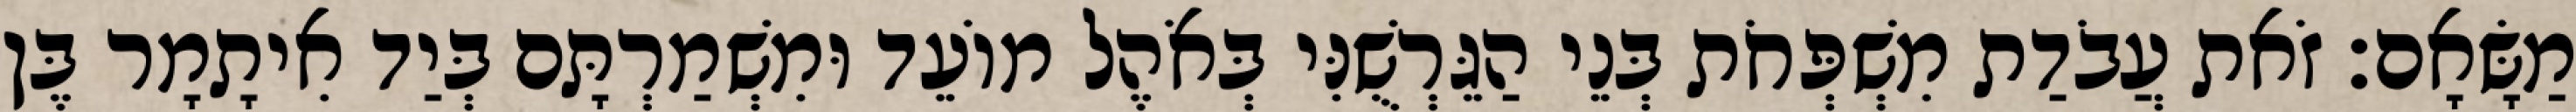
מַשָּׂאָם׃ זֹאת עֲבֹדַת מִשְׁפְּחֹת בְּנֵי הַגֵּרְשֻׁנִּי בְּאֹהֶל מוֹעֵד וּמִשְׁמַרְתָּם בְּיַד אִיתָמָר בֶּן